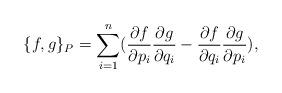
LaTeX: \begin{align*}\{f,g\}_P=\sum_{i=1}^n(\frac{\partial f}{\partial p_i}\frac{\partial g}{\partial q_i}-\frac{\partial f}{\partial q_i}\frac{\partial g}{\partial p_i}),\end{align*}